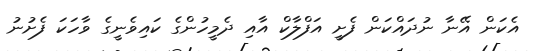
އެކަން އޭނާ ނުދައްކަން ފެށީ އަފްލާކް އާއި ދެމީހުންގެ ކައިވެނީގެ ވާހަކަ ފެށުނު